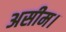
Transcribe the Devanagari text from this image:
असीम।